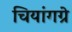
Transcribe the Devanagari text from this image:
चियांगग्रे